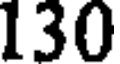
130